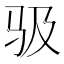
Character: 𱅂